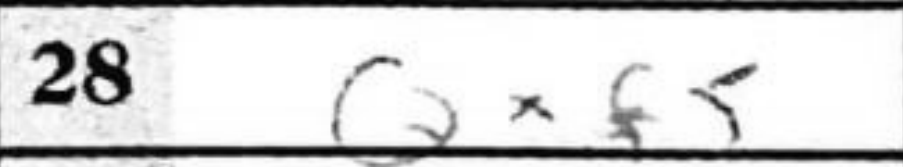
Transcription: Qxf5